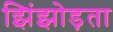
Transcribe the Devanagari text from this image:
झिंझोड़ता